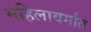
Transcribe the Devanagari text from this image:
महिलावर्गात